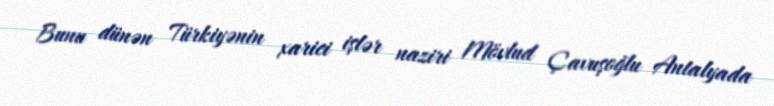
Bunu dünən Türkiyənin xarici işlər naziri Mövlud Çavuşoğlu Antalyada